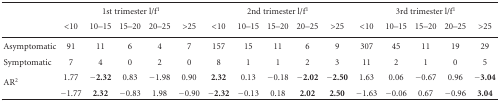
<table><thead><tr><td>[EMPTY_CELL]</td><td colspan="5"><b>1st trimester l/f<sup>1</sup></b></td><td colspan="5"><b>2nd trimester l/f<sup>1</sup></b></td><td colspan="5"><b>3rd trimester l/f<sup>1</sup></b></td></tr><tr><td>[EMPTY_CELL]</td><td><b>&lt;10</b></td><td><b>10–15</b></td><td><b>15–20</b></td><td><b>20–25</b></td><td><b>&gt;25</b></td><td><b>&lt;10</b></td><td><b>10–15</b></td><td><b>15–20</b></td><td><b>20–25</b></td><td><b>&gt;25</b></td><td><b>&lt;10</b></td><td><b>10–15</b></td><td><b>15–20</b></td><td><b>20–25</b></td><td><b>&gt;25</b></td></tr></thead><tbody><tr><td>Asymptomatic</td><td>91</td><td>11</td><td>6</td><td>4</td><td>7</td><td>157</td><td>15</td><td>11</td><td>6</td><td>9</td><td>307</td><td>45</td><td>11</td><td>19</td><td>29</td></tr><tr><td>Symptomatic</td><td>7</td><td>4</td><td>0</td><td>2</td><td>0</td><td>8</td><td>1</td><td>1</td><td>2</td><td>3</td><td>11</td><td>2</td><td>1</td><td>0</td><td>5</td></tr><tr><td rowspan="2">AR<sup>2</sup></td><td>1.77</td><td><b>−2.32</b></td><td>0.83</td><td>−1.98</td><td>0.90</td><td><b>2.32</b></td><td>0.13</td><td>−0.18</td><td><b>−2.02</b></td><td><b>−2.50</b></td><td>1.63</td><td>0.06</td><td>−0.67</td><td>0.96</td><td><b>−3.04</b></td></tr><tr><td>−1.77</td><td><b>2.32</b></td><td>−0.83</td><td>1.98</td><td>−0.90</td><td><b>−2.32</b></td><td>−0.13</td><td>0.18</td><td><b>2.02</b></td><td><b>2.50</b></td><td>−1.63</td><td>−0.06</td><td>0.67</td><td>−0.96</td><td><b>3.04</b></td></tr></tbody></table>